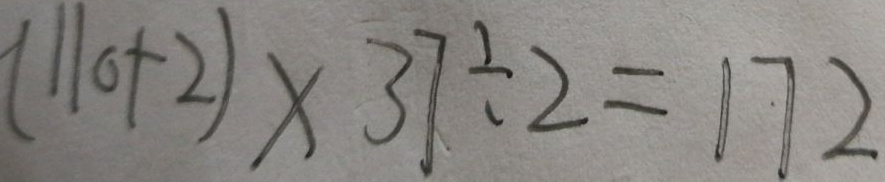
( 1 1 0 + 2 ) \times 3 7 \div 2 = 1 7 2